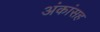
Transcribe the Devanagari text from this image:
अंकांसह